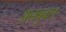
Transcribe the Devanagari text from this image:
अनबुक्स